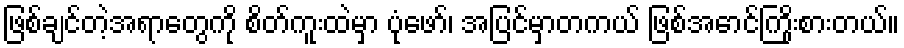
ဖြစ်ချင်တဲ့အရာတွေကို စိတ်ကူးထဲမှာ ပုံဖော်၊ အပြင်မှာတကယ် ဖြစ်အောင်ကြိုးစားတယ်။